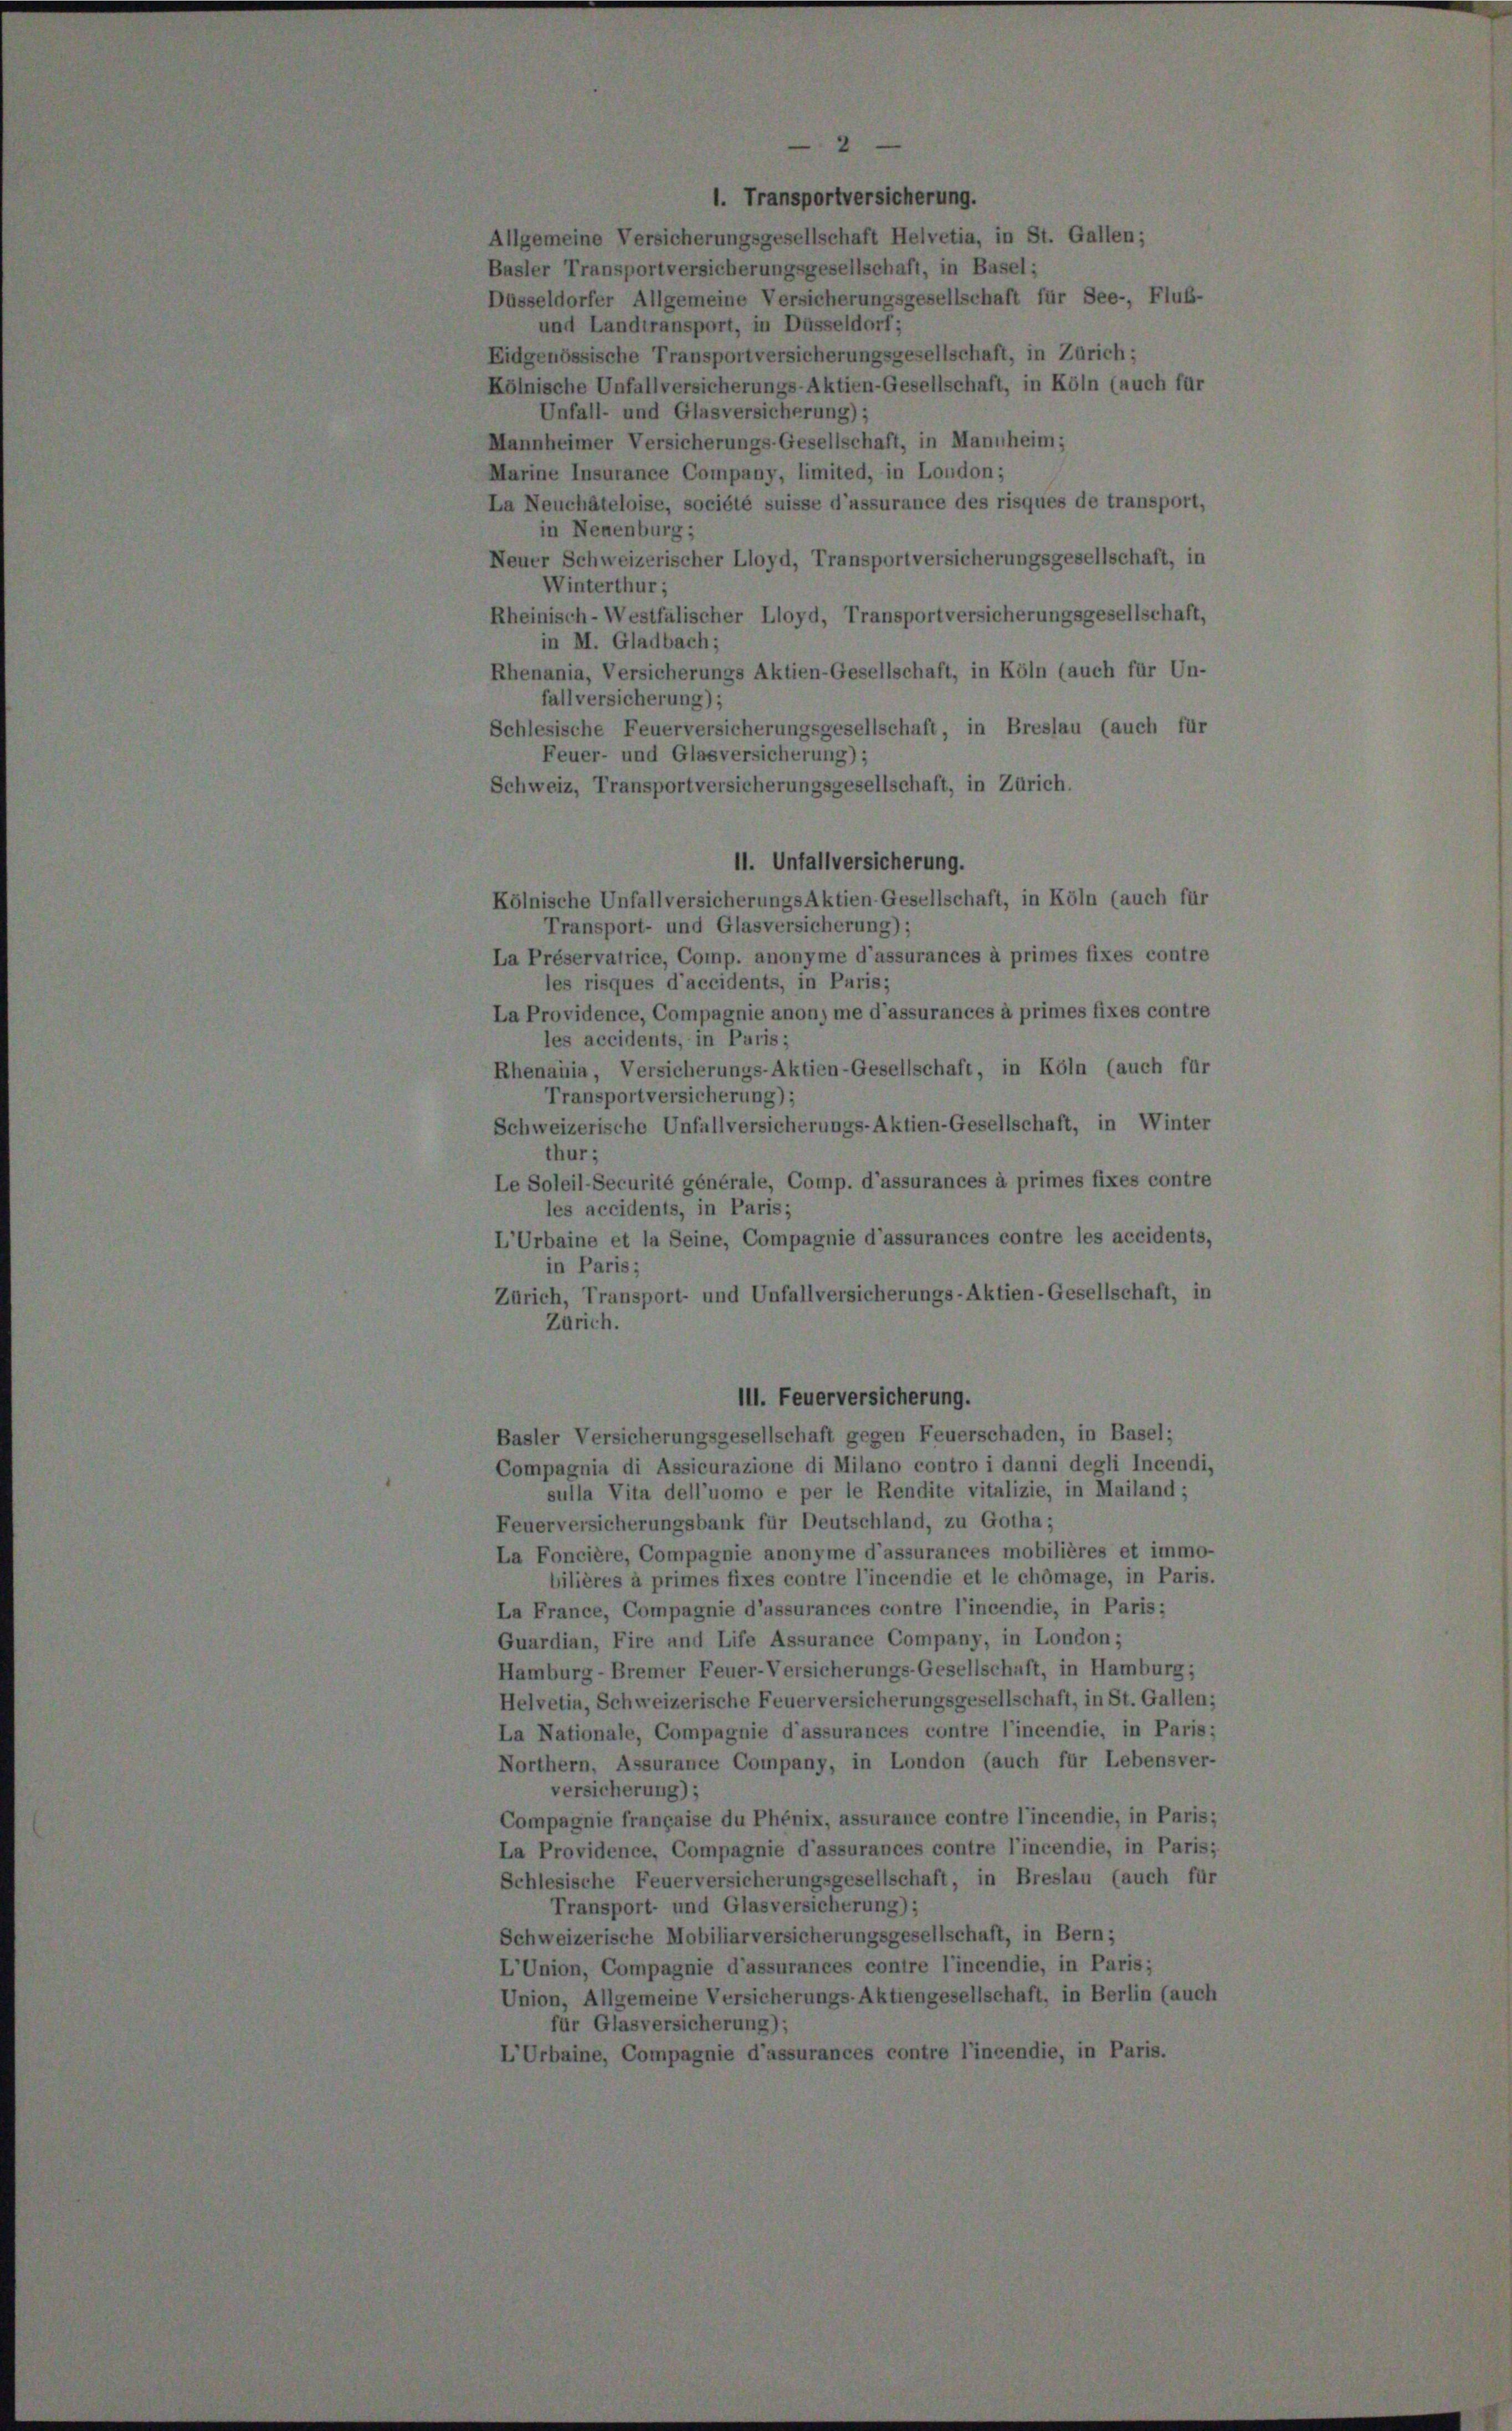
eldorfer Allgemeine Versicherungsgesellschaft für See-, Fluß-
und Landtransport, in Düsseldorf;
nössische Transportversicherungsgesellschaft, in Zürich;
sche Unfallversicherungs-Aktien-Gesellschaft, in Köln (auch für
Unfall- und Glasversicherung);
heimer Versicherungs-Gesellschaft, in Mannheim;
e Insurance Company, limited, in London;
euchâteloise, société suisse d’assurance des risques de transport,
in Neuenburg;
r Schweizerischer Lloyd, Transportversicherungsgesellschaft, in
Winterthur;
nisch- Westfalischer Lloyd, Transportversicherungsgesellschaft
in M. Gladbach;
ania, Versicherungs Aktien-Gesellschaft, in Köln (auch für Un-
fall versicherung);
sische Feuerversicherungsgesellschaft, in Breslau (auch für
Feuer- und Glasversicherung) ;
eiz, Transportversicherungsgesellschaft, in Zürich.

11. Unfallversicherung.
ölnische Unfallversicherungs Aktien-Gesellschaft, in Köln (auch für
Transport- und Glasversicherung);
a Préservatrice, Comp. anonyme d’assurances à primes fixes contre
les risques d’accidents, in Paris;
a Providence, Compagnie anon) me d’assurances à primes fixes contre
les accidents, in Paris;
henauia, Versicherungs-Aktien-Gesellschaft, in Köln (auch für
Transportversicherung);
Schweizerische Unfallversicherungs-Aktien-Gesellschaft, in Winter
thur;
e Soleil-Securité générale, Comp. d’assurances à primes fixes contre
les accidents, in Paris;
Urbaine et la Seine, Compagnie d’assurances contre les accidents,
in Paris;
ürich, Transport- und Unfallversicherungs-Aktien-Gesellschaft, in
Zürich.

11. Feuerversicherung.
dasler Versicherungsgesellschaft gegen Feuerschaden, in Basel;
Compagnia di Assicurazione di Milano contro i danni degli Incendi,
sulla Vita dell’uomo e per le Rendite vitalizie, in Mailand;
Feuerversicherungsbank für Deutschland, zu Gotha;
a Foncière, Compagnie anonyme d’assurances mobilières et immo-
bilières à primes fixes contre l’incendie et le chömage, in Paris.
La France, Compagnie d’assurances contre l’incendie, in Paris;
Juardian, Fire und Life Assurance Company, in London;
Hamburg - Bremer Feuer-Versicherungs-Gesellschaft, in Hamburg;
Helvetia, Schweizerische Feuerversicherungsgesellschaft, in St. Gallen;
La Nationale, Compagnie d’assurances contre l’incendie, in Paris;
Vorthern, Assurance Company, in London (auch für Lebensver-
versicherung);
Compagnie française du Phénix, assurance contre l’incendie, in Paris;
La Providence, Compagnie d’assurances contre l’incendie, in Paris;
Schlesische Feuerversicherungsgesellschaft, in Breslau (auch für
Transport- und Glasversicherung);
Schweizerische Mobiliarversicherungsgesellschaft, in Bern;
L’Union, Compagnie d’assurances contre l’incendie, in Paris;
Union, Allgemeine Versicherungs-Aktiengesellschaft, in Berlin (auch
für Glasversicherung);
LUrbaine, Compagnie d’assurances contre l’incendie, in Paris.

Basel;